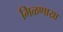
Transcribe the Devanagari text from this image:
मिळणाय्रा